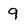
Character: 9